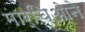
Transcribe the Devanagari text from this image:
मार्चिओने